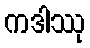
ကဒါဿု